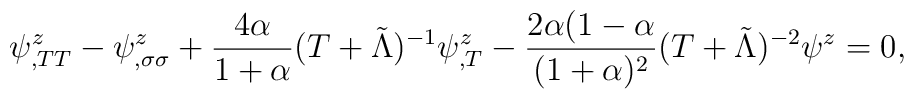
\psi^{z}_{,TT}-\psi^{z}_{,\sigma\sigma}+\frac{4\alpha}{1+\alpha}(T+\tilde{\Lambda})^{-1} \psi^{z}_{,T}-\frac{2\alpha(1-\alpha}{(1+\alpha)^{2}}(T+\tilde{\Lambda})^{-2}\psi^{z}=0,